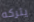
يتركه